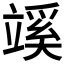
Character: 𥪦